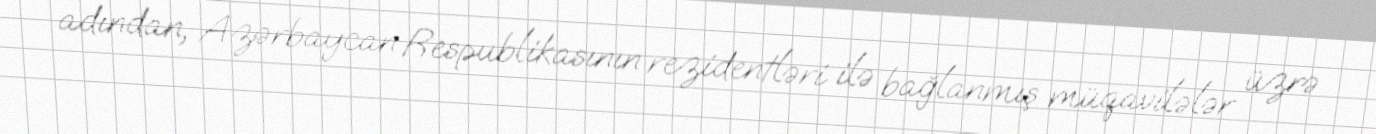
adından, Azərbaycan Respublikasının rezidentləri ilə bağlanmış müqavilələr üzrə